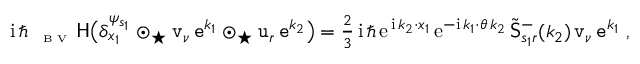
\begin{array} { r } { { \mathrm { i } } \, \hbar \, { \mathsf \Delta } _ { \textrm { \tiny B V } } \, \mathsf { H } \big ( \delta _ { x _ { 1 } } ^ { \psi _ { s _ { 1 } } } \odot _ { \star } \mathtt { v } _ { \nu } \, \mathtt { e } ^ { k _ { 1 } } \odot _ { \star } \mathtt { u } _ { r } \, \mathtt { e } ^ { k _ { 2 } } \big ) = \frac 2 3 \, { \mathrm { i } } \, \hbar \, { \mathrm { e } } ^ { \, { \mathrm { i } } \, k _ { 2 } \cdot x _ { 1 } } \, { \mathrm { e } } ^ { - { \mathrm { i } } \, k _ { 1 } \cdot \theta \, k _ { 2 } } \, \tilde { \mathsf { S } } _ { s _ { 1 } r } ^ { - } ( k _ { 2 } ) \, \mathtt { v } _ { \nu } \, \mathtt { e } ^ { k _ { 1 } } \ , } \end{array}